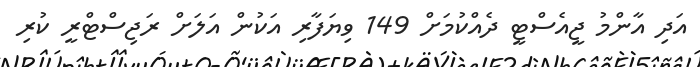
އަދި އާންމު ޖީއެސްޓީ ދެއްކުމަށް 149 ވިޔަފާރި އަކުން އަލަށް ރަޖިސްޓްރީ ކުރި